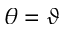
\theta = \vartheta